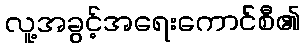
လူ့အခွင့်အရေးကောင်စီ၏